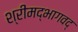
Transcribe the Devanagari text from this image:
श्रीमद्भागवद्